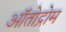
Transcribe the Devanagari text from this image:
ऑतोद्रोम